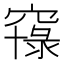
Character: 𱷐